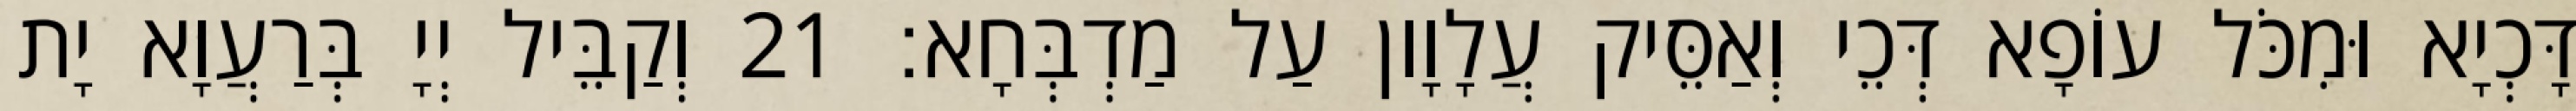
דָּכְיָא וּמִכֹּל עוֹפָא דְּכֵי וְאַסֵּיק עֲלָוָון עַל מַדְבְּחָא׃ 21 וְקַבֵּיל יְיָ בְּרַעֲוָא יָת